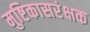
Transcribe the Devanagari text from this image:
मुष्टिकासरंक्षक